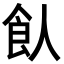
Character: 飤